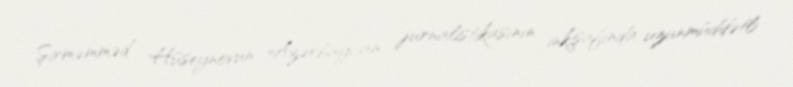
Şirməmməd Hüseynovun Azərbaycan jurnalistikasının inkişafında uzunmüddətli